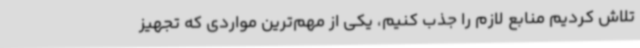
تلاش کردیم منابع لازم را جذب کنیم، یکی از مهم‌ترین مواردی که تجهیز